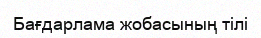
Бағдарлама жобасының тілі